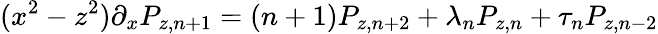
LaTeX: (x^{2}-z^{2})\partial_{x}P_{z,n+1}=(n+1)P_{z,n+2}+\lambda_{n}P_{z,n}+\tau_{n}P_{z,n-2}